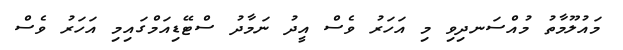
މައުލޫމާތު މުއްސަނދިވި މި އަހަރު ވެސް އީދު ނަމާދު ސްޓޭޑިއަމްގައިމި އަހަރު ވެސް